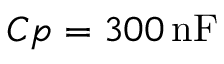
C p = 3 0 0 \, \mathrm { n F }